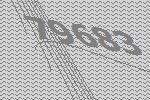
79683